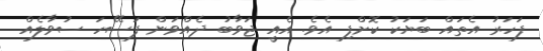
ފަހަރު އެތައް ބަޔަކު ކޮށްފި އެވެ. އެއީ ޖަވާބު ދެއްވަން ފަސޭހަ ސުވާލެއް